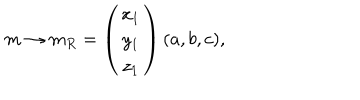
LaTeX: m \rightarrow m _ { R } = \left( \begin{array} { c } { { x _ { 1 } } } \\ { { y _ { 1 } } } \\ { { z _ { 1 } } } \\ \end{array} \right) ( a , b , c ) ,